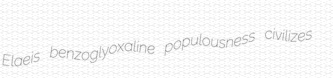
Elaeis benzoglyoxaline populousness civilizes